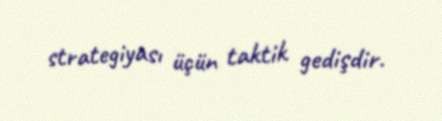
strategiyası üçün taktik gedişdir.